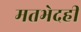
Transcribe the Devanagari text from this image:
मतभेदही